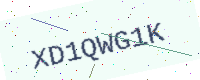
Text: XD1QWG1K